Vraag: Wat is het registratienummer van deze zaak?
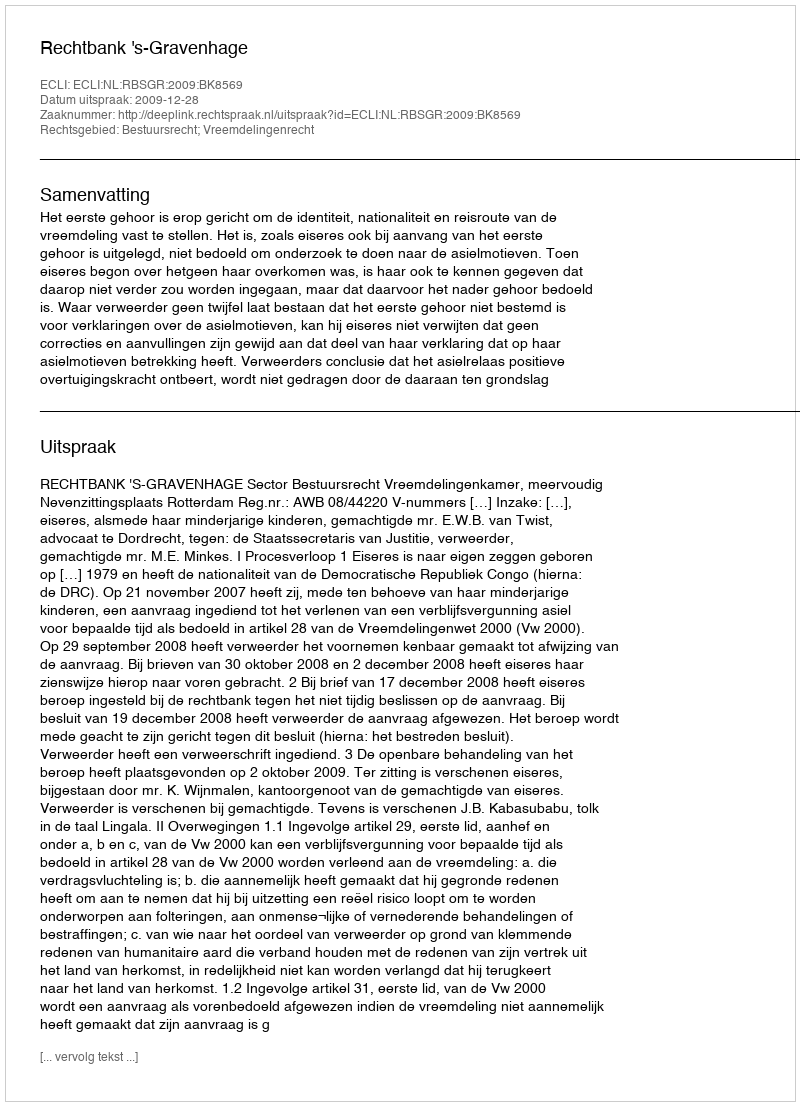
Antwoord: http://deeplink.rechtspraak.nl/uitspraak?id=ECLI:NL:RBSGR:2009:BK8569